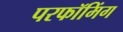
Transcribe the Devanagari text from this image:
परफॉमिंग